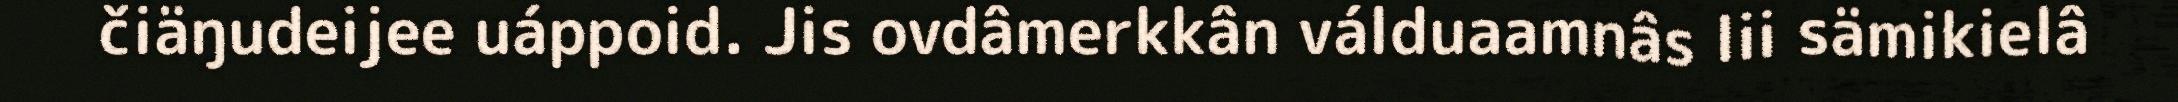
čiäŋudeijee uáppoid. Jis ovdâmerkkân válduaamnâs lii sämikielâ